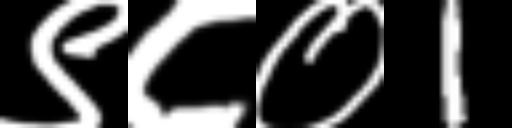
Text: ९८०1